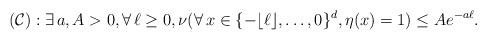
LaTeX: \begin{align*} (\mathcal{C}) : \exists \, a,A > 0, \forall \, \ell \geq 0, \nu(\forall \, x \in \{-\lfloor \ell\rfloor,\dots,0\}^d, \eta(x)=1) \leq A e^{-a\ell}.\end{align*}